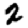
Digit: 2